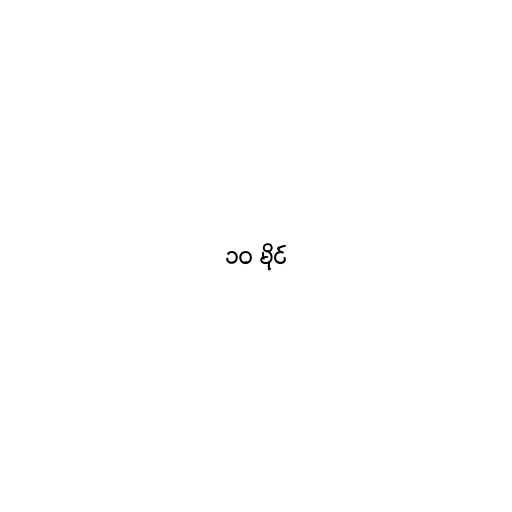
၁၀ မိုင်